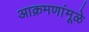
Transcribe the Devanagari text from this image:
आक्रमणांमूळे